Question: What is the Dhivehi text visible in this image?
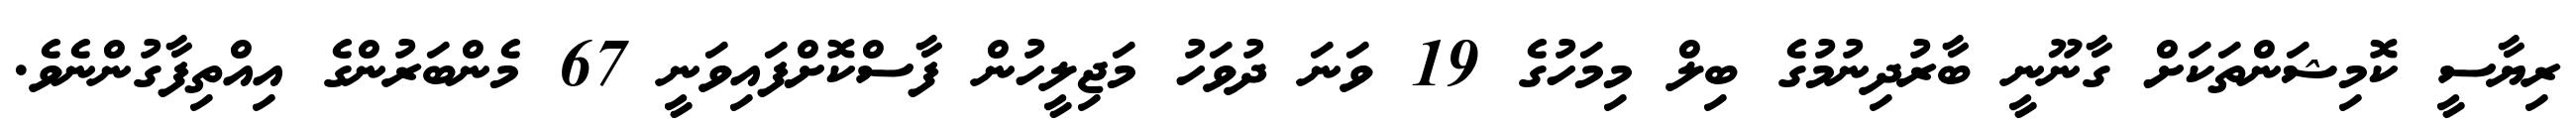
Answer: ރިޔާސީ ކޮމިޝަންތަކަށް ގާނޫނީ ބާރުދިނުމުގެ ބިލް މިމަހުގެ 19 ވަނަ ދުވަހު މަޖިލީހުން ފާސްކޮށްފައިވަނީ 67 މެންބަރުންގެ އިއްތިފާގުންނެވެ.